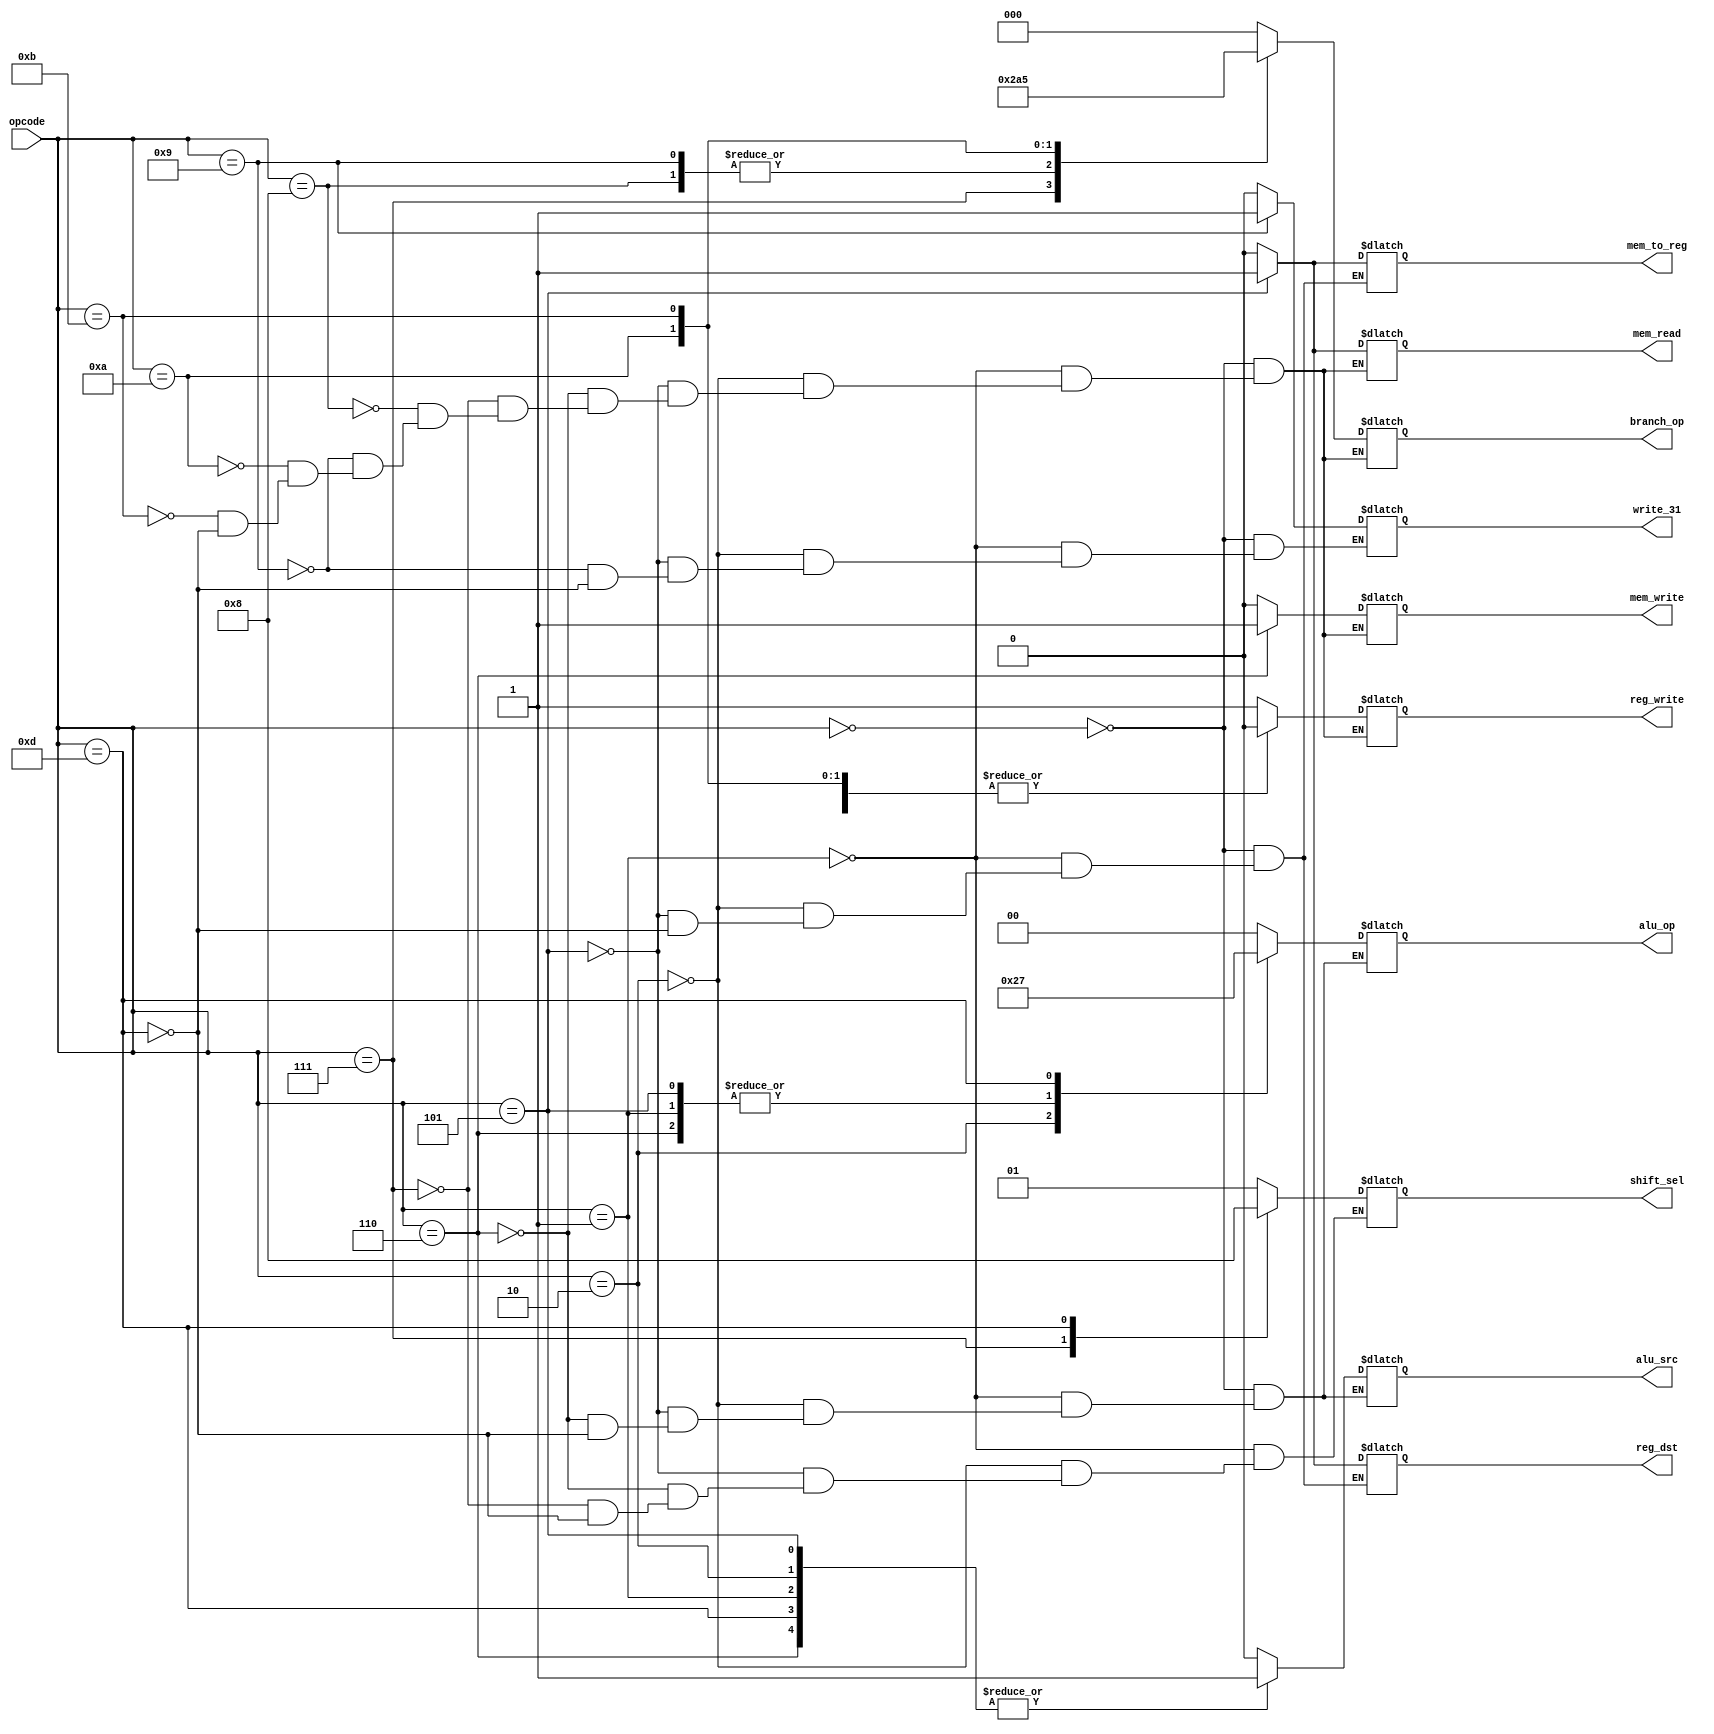
`timescale 1ns / 1ps

module main_control(input wire[4:0] opcode, output reg reg_dst,output reg write_31, output reg reg_write,
					output reg[1:0] alu_op, output reg[1:0] shift_sel, output reg alu_src, 
					output reg mem_read, output reg mem_write, output reg mem_to_reg, output reg[2:0] branch_op);

always @(*) begin
	case(opcode)
		5'd0: begin
					reg_dst <= 1'd0;
					write_31 <= 1'd0;
					reg_write <= 1'd1;
					alu_op <= 2'd0;
					alu_src <= 1'd0;
					mem_read <= 1'd0;
					mem_write <= 1'd0;
					mem_to_reg <= 1'd0;
					branch_op <= 3'd0;
				end
				
		5'd1: begin
					reg_dst <= 1'd0;
					write_31 <= 1'd0;
					reg_write <= 1'd1;
					alu_op <= 2'd1;
					shift_sel <= 2'd1;
					alu_src <= 1'd1;
					mem_read <= 1'd0;
					mem_write <= 1'd0;
					mem_to_reg <= 1'd0;
					branch_op <= 3'd0;
				end
		5'd2: begin
					reg_dst <= 1'd0;
					write_31 <= 1'd0;
					reg_write <= 1'd1;
					alu_op <= 2'd2;
					shift_sel <= 2'd1;
					alu_src <= 1'd1;
					mem_read <= 1'd0;
					mem_write <= 1'd0;
					mem_to_reg <= 1'd0;
					branch_op <= 3'd0;
				end		
		5'd5: begin
					reg_dst <= 1'd1;
					write_31 <= 1'd0;
					reg_write <= 1'd1;
					alu_op <= 2'd1;
					shift_sel <= 2'd1;
					alu_src <= 1'd1;
					mem_read <= 1'd1;
					mem_write <= 1'd0;
					mem_to_reg <= 1'd1;
					branch_op <= 3'd0;
				end
		5'd6: begin
					reg_write <= 1'd0;
					alu_op <= 2'd1;
					shift_sel <= 2'd1;
					alu_src <= 1'd1;
					mem_read <= 1'd0;
					mem_write <= 1'd1;
					branch_op <= 3'd0;
				end
		5'd7: begin
					reg_write <= 1'd0;
					shift_sel <= 2'd2;
					mem_read <= 1'd0;
					mem_write <= 1'd0;
					branch_op <= 3'd1;
				end
		5'd8: begin
					reg_write <= 1'd0;
					mem_read <= 1'd0;
					mem_write <= 1'd0;
					branch_op <= 3'd2;
				end
		5'd9: begin
					write_31 <= 1'd1;
					reg_write <= 1'd1;
					mem_read <= 1'd0;
					mem_write <= 1'd0;
					branch_op <= 3'd2;
				end
		5'd10: begin
					reg_write <= 1'd0;
					mem_read <= 1'd0;
					mem_write <= 1'd0;
					branch_op <= 3'd4;
				end
		5'd11: begin
					reg_write <= 1'd0;
					mem_read <= 1'd0;
					mem_write <= 1'd0;
					branch_op <= 3'd5;
				end
		5'd13: begin
					reg_dst <= 1'd0;
					write_31 <= 1'd0;
					reg_write <= 1'd1;
					alu_op <= 2'd3;
					shift_sel <= 2'd0;
					alu_src <= 1'd1;
					mem_read <= 1'd0;
					mem_write <= 1'd0;
					mem_to_reg <= 1'd0;
					branch_op <= 3'd0;
				end
	endcase

end

endmodule